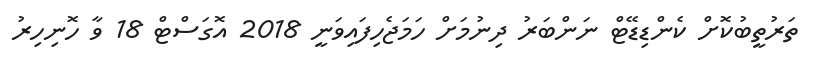
ތަރުތީބުކޮށް ކެންޑިޑޭޓް ނަންބަރު ދިނުމަށް ހަމަޖެހިފައިވަނީ 2018 އޮގަސްޓް 18 ވާ ހޮނިހިރު